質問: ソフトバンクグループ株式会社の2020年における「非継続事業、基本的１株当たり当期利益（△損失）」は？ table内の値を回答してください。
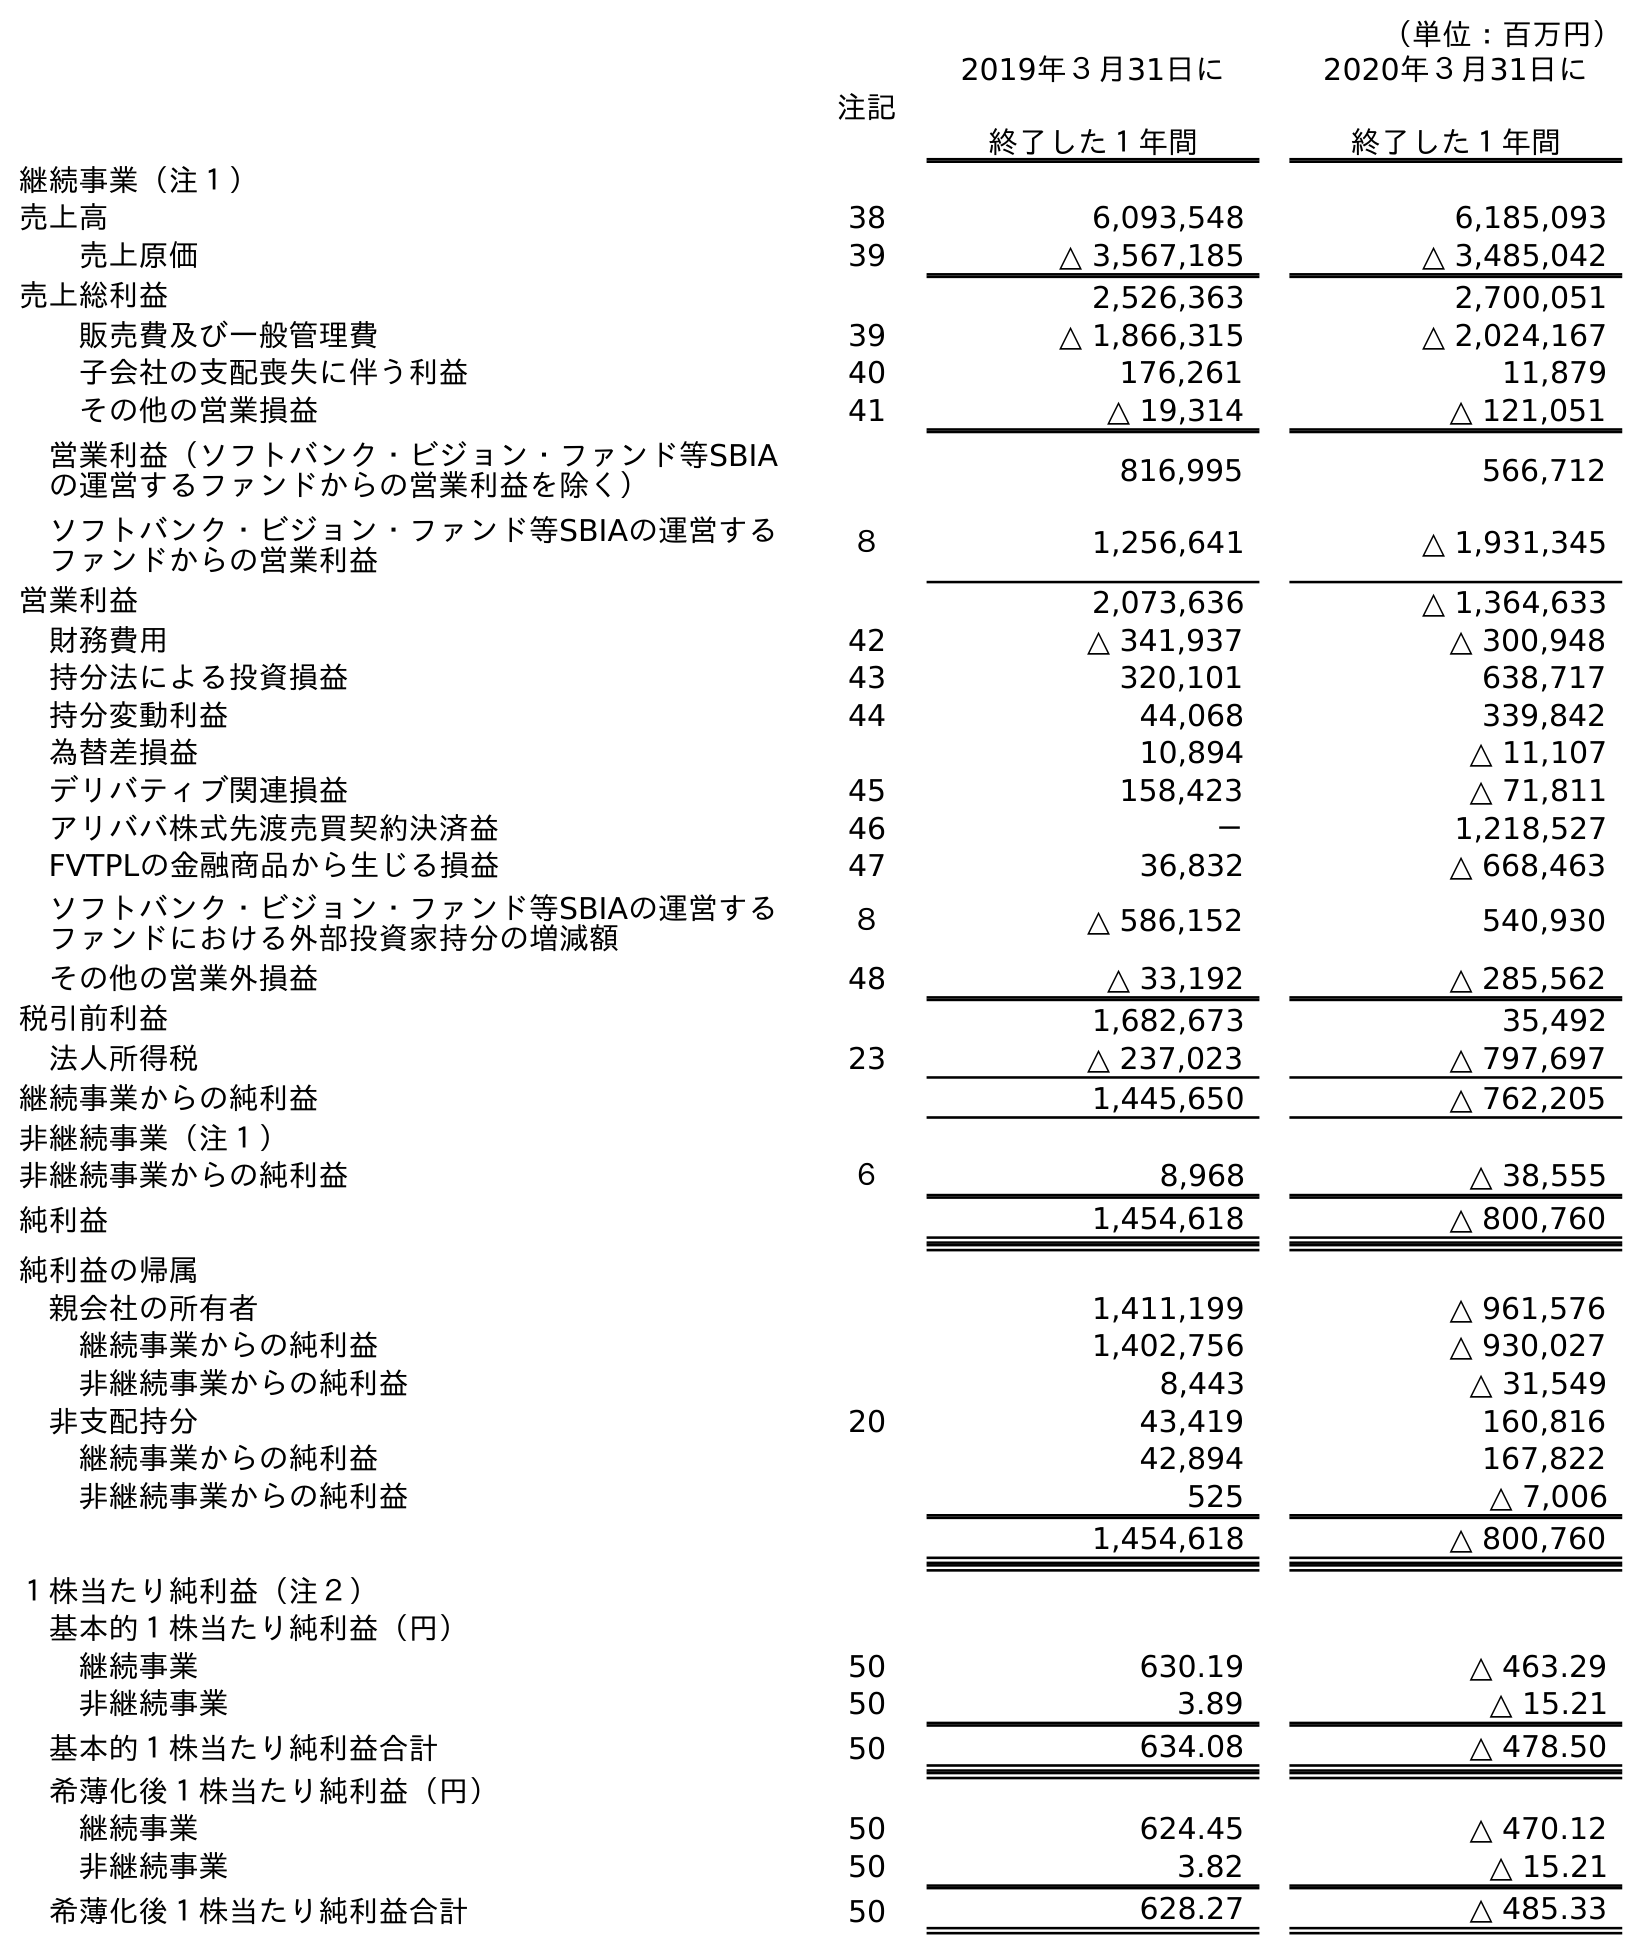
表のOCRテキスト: （単位：百万円） 注記 2019年３月31日に 終了した１年間 2020年３月31日に 終了した１年間 継続事業（注１） 売上高 38 6,093,548 6,185,093 売上原価 39 △ 3,567,185 △ 3,485,042 売上総利益 2,526,363 2,700,051 販売費及び一般管理費 39 △ 1,866,315 △ 2,024,167 子会社の支配喪失に伴う利益 40 176,261 11,879 その他の営業損益 41 △ 19,314 △ 121,051 営業利益（ソフトバンク・ビジョン・ファンド等SBIA の運営するファンドからの営業利益を除く） 816,995 566,712 ソフトバンク・ビジョン・ファンド等SBIAの運営する ファンドからの営業利益 ８ 1,256,641 △ 1,931,345 営業利益 2,073,636 △ 1,364,633 財務費用 42 △ 341,937 △ 300,948 持分法による投資損益 43 320,101 638,717 持分変動利益 44 44,068 339,842 為替差損益 10,894 △ 11,107 デリバティブ関連損益 45 158,423 △ 71,811 アリババ株式先渡売買契約決済益 46 － 1,218,527 FVTPLの金融商品から生じる損益 47 36,832 △ 668,463 ソフトバンク・ビジョン・ファンド等SBIAの運営する ファンドにおける外部投資家持分の増減額 ８ △ 586,152 540,930 その他の営業外損益 48 △ 33,192 △ 285,562 税引前利益 1,682,673 35,492 法人所得税 23 △ 237,023 △ 797,697 継続事業からの純利益 1,445,650 △ 762,205 非継続事業（注１） 非継続事業からの純利益 ６ 8,968 △ 38,555 純利益 1,454,618 △ 800,760 純利益の帰属 親会社の所有者 1,411,199 △ 961,576 継続事業からの純利益 1,402,756 △ 930,027 非継続事業からの純利益 8,443 △ 31,549 非支配持分 20 43,419 160,816 継続事業からの純利益 42,894 167,822 非継続事業からの純利益 525 △ 7,006 1,454,618 △ 800,760 １株当たり純利益（注２） 基本的１株当たり純利益（円） 継続事業 50 630.19 △ 463.29 非継続事業 50 3.89 △ 15.21 基本的１株当たり純利益合計 50 634.08 △ 478.50 希薄化後１株当たり純利益（円） 継続事業 50 624.45 △ 470.12 非継続事業 50 3.82 △ 15.21 希薄化後１株当たり純利益合計 50 628.27 △ 485.33
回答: △15.21